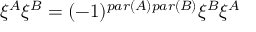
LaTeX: \xi ^ { A } \xi ^ { B } = ( - 1 ) ^ { p a r ( A ) p a r ( B ) } \xi ^ { B } \xi ^ { A }